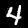
Label: 4